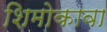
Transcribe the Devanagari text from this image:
शिमोकावा